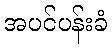
အပင်ပန်းခံ